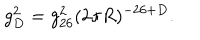
LaTeX: g _ { D } ^ { 2 } = g _ { 2 6 } ^ { 2 } ( 2 \pi R ) ^ { - 2 6 + D } .